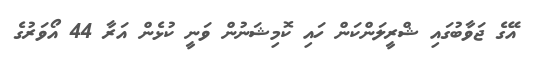
އޭގެ ޖަވާބުގައި ޝްރީލަންކަން ހައި ކޮމިޝަނުން ވަނީ ކުޅެން އަރާ 44 އޯވަރުގެ